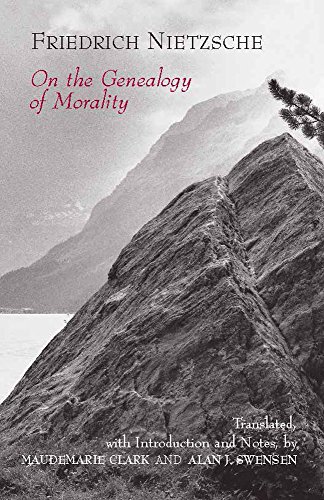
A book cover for On the Genealogy of Morality; Friedrich Wilhelm Nietzsche; Politics & Social Sciences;